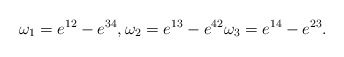
\begin{gather*}\omega_1= e^{12} - e^{34},\omega_2= e^{13} - e^{42}\omega_3= e^{14} - e^{23}.\end{gather*}